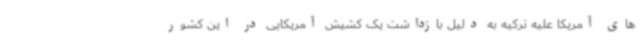
های آمریکا علیه ترکیه به دلیل بازداشت یک کشیش آمریکایی در این کشور